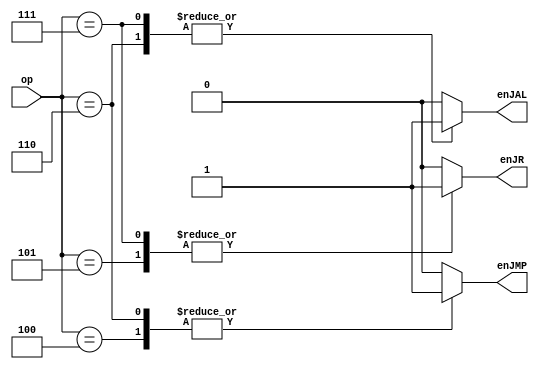
module jump(op, enJMP, enJR, enJAL);
  
  input [4:0] op;
  output reg enJMP;
  output reg enJR;
  output reg enJAL;

  always @(*) begin
    case (op)
      // J
      5'b00100: begin
        enJMP = 1'b1;
        enJR = 1'b0;
        enJAL = 1'b0;
      end
      // JR
      5'b00101: begin
        enJMP = 1'b0;
        enJR = 1'b1;
        enJAL = 1'b0;
      end
      // JAL
      5'b00110: begin
        enJMP = 1'b1;
        enJR = 1'b0;
        enJAL = 1'b1;
      end
      // JALR
      5'b00111: begin
        enJMP = 1'b0;
        enJR = 1'b1;
        enJAL = 1'b1;
      end
      // don't do anything
      default: begin
        enJMP = 1'b0;
        enJR = 1'b0;
        enJAL = 1'b0;
      end
    endcase
  end
endmodule